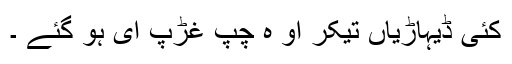
کئی ڈیہاڑیاں تیکر او ہ چپ غڑپ ای ہو گئے ۔